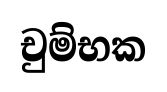
චුම්භක